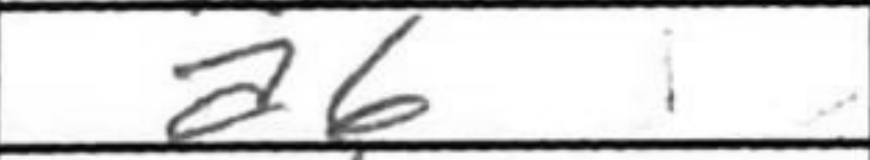
Transcription: a6